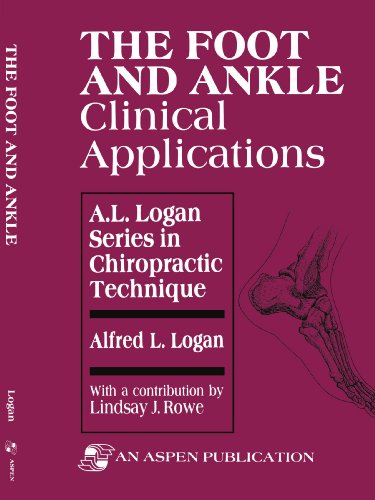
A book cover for The Foot and Ankle: Clinical Applications (A. L. Logan Series in Chiropractic Technique); Alfred Logan; Medical Books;